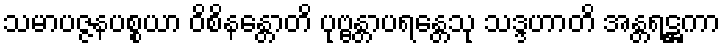
သမာပဇ္ဇနပစ္စယာ ဝိစိနန္တောတိ ပုဗ္ဗန္တာပရန္တေသု သဒ္ဒဟာတိ အန္တရဋ္ဌကာ